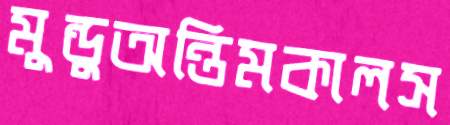
মুন্ডুঅন্তিমকালস